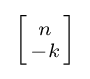
{\textstyle \left[{n \atop -k}\right]}